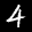
Label: 4